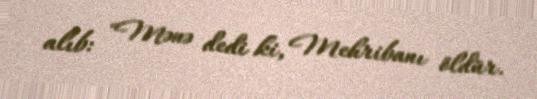
alıb: "Mənə dedi ki, Mehribanı öldür.